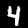
Digit: 4